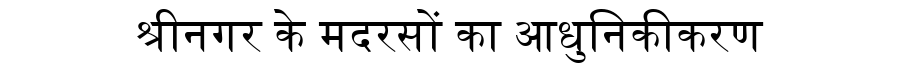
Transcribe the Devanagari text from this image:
श्रीनगर के मदरसों का आधुनिकीकरण